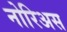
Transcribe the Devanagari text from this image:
नोरिअस